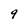
Character: 9